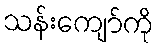
သန်းကျော်ကို